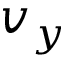
v _ { y }